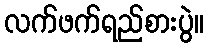
လက်ဖက်ရည်စားပွဲ။